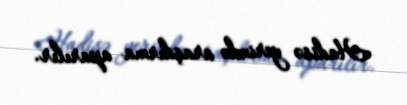
Hadisə yerində araşdırma aparılır.